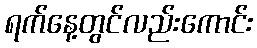
ရက်နေ့တွင်လည်းကောင်း